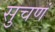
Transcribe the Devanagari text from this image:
सुचणं